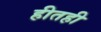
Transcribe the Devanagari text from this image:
हीतही